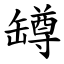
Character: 罇